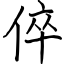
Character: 倅